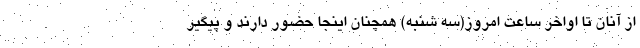
از آنان تا اواخر ساعت امروز(سه شنبه) همچنان اینجا حضور دارند و پیگیر